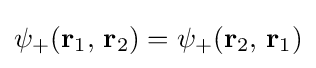
\psi _{+}(\mathbf {r} _{1},\,\mathbf {r} _{2})=\psi _{+}(\mathbf {r} _{2},\,\mathbf {r} _{1})